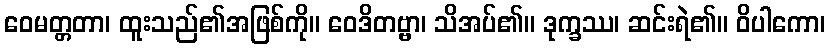
ဝေမတ္တတာ၊ ထူးသည်၏အဖြစ်ကို။ ဝေဒိတဗ္ဗာ၊ သိအပ်၏။ ဒုက္ခဿ၊ ဆင်းရဲ၏။ ဝိပါကော၊